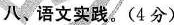
八、语文实践。(4分)